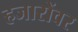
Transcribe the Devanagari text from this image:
हजारोंवर